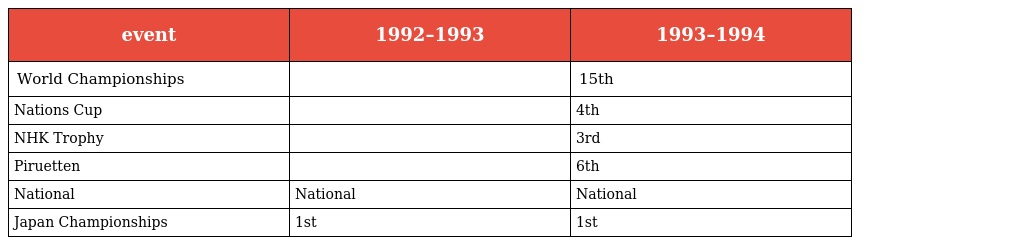
| event | 1992–1993 | 1993–1994 |
 | --- | --- | --- |
 | World Championships |  | 15th |
 | Nations Cup |  | 4th |
 | NHK Trophy |  | 3rd |
 | Piruetten |  | 6th |
 | National | National | National |
 | Japan Championships | 1st | 1st |